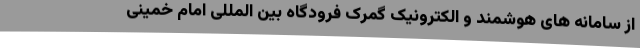
از سامانه های هوشمند و الکترونیک گمرک فرودگاه بین المللی امام خمینی